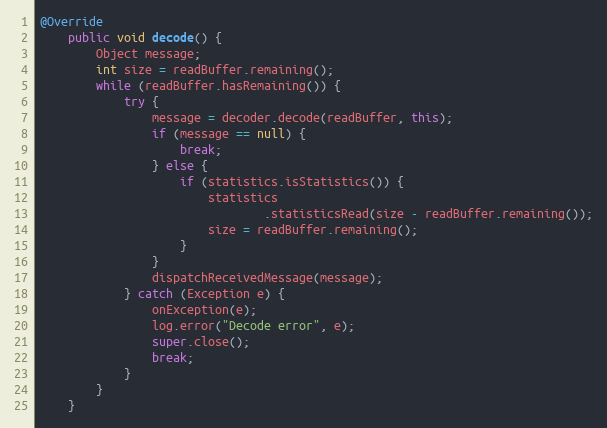
Language: Java
@Override
	public void decode() {
		Object message;
		int size = readBuffer.remaining();
		while (readBuffer.hasRemaining()) {
			try {
				message = decoder.decode(readBuffer, this);
				if (message == null) {
					break;
				} else {
					if (statistics.isStatistics()) {
						statistics
								.statisticsRead(size - readBuffer.remaining());
						size = readBuffer.remaining();
					}
				}
				dispatchReceivedMessage(message);
			} catch (Exception e) {
				onException(e);
				log.error("Decode error", e);
				super.close();
				break;
			}
		}
	}